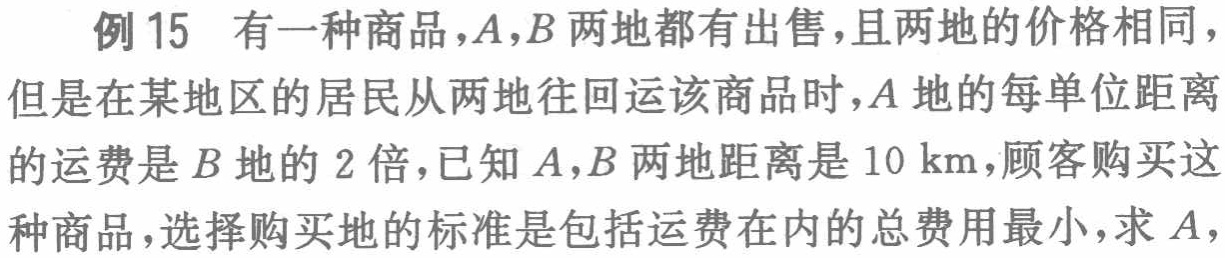
例 15 有一种商品，$A,B$ 两地都有出售，且两地的价格相同，但是在某地区的居民从两地往回运该商品时，$A$ 地的每单位距离的运费是 $B$ 地的 $2$ 倍，已知 $A,B$ 两地距离是 $10\mathrm{km}$，顾客购买这种商品，选择购买地的标准是包括运费在内的总费用最小，求 $A,$